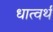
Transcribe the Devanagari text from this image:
धात्वर्थं